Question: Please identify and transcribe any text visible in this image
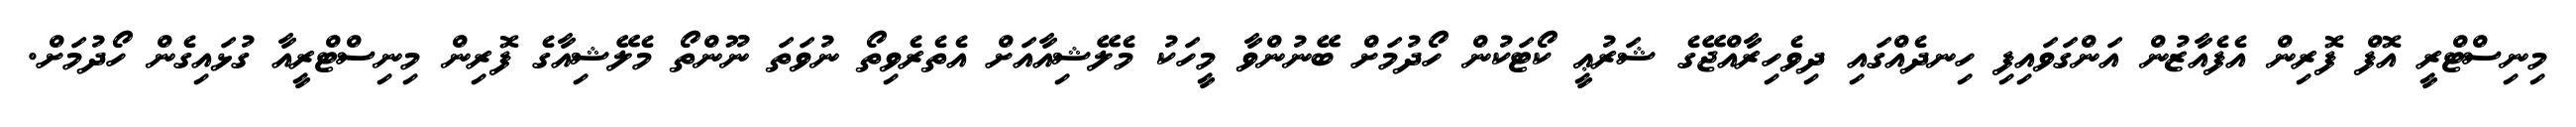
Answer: މިނިސްޓްރީ އޮފް ފޮރިން އެފެއާޒުން އަންގަވައިފި ހިނދެއްގައި ދިވެހިރާއްޖޭގެ ޝަރުޢީ ކޯޓަކުން ހޯދުމަށް ބޭނުންވާ މީހަކު މެލޭޝިއާއަށް އެތެރެވިތޯ ނުވަތަ ނޫންތޯ މެލޭޝިއާގެ ފޮރިން މިނިސްޓްރީއާ ގުޅައިގެން ހޯދުމަށް.